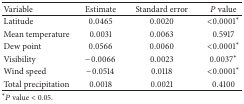
<table><thead><tr><td><b>Variable</b></td><td><b>Estimate</b></td><td><b>Standard error</b></td><td><b><i>P</i> value</b></td></tr></thead><tbody><tr><td>Latitude</td><td>0.0465</td><td>0.0020 </td><td>&lt;0.0001<sup>*</sup></td></tr><tr><td>Mean temperature</td><td>0.0031 </td><td>0.0063 </td><td>0.5917</td></tr><tr><td>Dew point</td><td>0.0566 </td><td>0.0060</td><td>&lt;0.0001<sup>*</sup></td></tr><tr><td>Visibility</td><td>−0.0066</td><td>0.0023</td><td>0.0037<sup>*</sup></td></tr><tr><td>Wind speed</td><td>−0.0514 </td><td>0.0118 </td><td>&lt;0.0001<sup>*</sup></td></tr><tr><td>Total precipitation</td><td>0.0018 </td><td>0.0021</td><td>0.4100</td></tr></tbody></table>